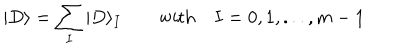
| D \rangle = \sum _ { I } | D \rangle _ { I } \qquad \mathrm { w i t h } \quad I = 0 , 1 , . . . , m - 1